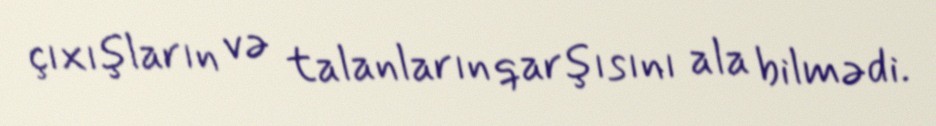
çıxışların və talanların qarşısını ala bilmədi.